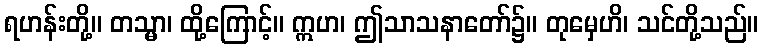
ရဟန်းတို့။ တသ္မာ၊ ထို့ကြောင့်။ ဣဟ၊ ဤသာသနာတော်၌။ တုမှေဟိ၊ သင်တို့သည်။